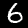
Label: 6